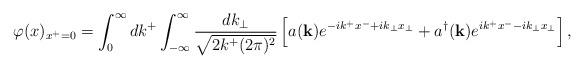
LaTeX: \begin{align*}\varphi(x)_{x^+=0} = \int_0^\infty dk^+ \int_{-\infty}^\infty \frac{dk_\perp}{\sqrt{2k^+ (2\pi)^2}} \left[ a({\bf k}) e^{-ik^+ x^- + ik_\perp x_\perp} + a^\dagger({\bf k}) e^{ik^+ x^- - ik_\perp x_\perp} \right],\end{align*}